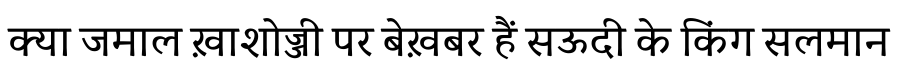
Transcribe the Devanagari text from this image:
क्या जमाल ख़ाशोज्जी पर बेख़बर हैं सऊदी के किंग सलमान